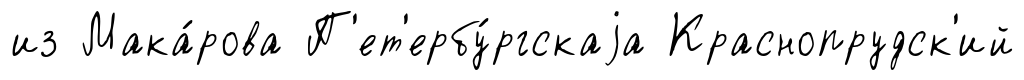
из Мака́рова П'ет'ербу́ргскаjа Краснопрудск'ий